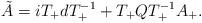
LaTeX: \begin{align*}\tilde{A}=i T_+ d T_+^{-1} + T_+ Q T_+^{-1} A_+.\end{align*}